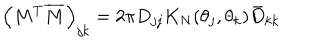
LaTeX: \left( M ^ { T } \overline { { M } } \right) _ { j k } = 2 \pi D _ { j j } K _ { N } ( \theta _ { j } , \theta _ { k } ) \bar { D } _ { k k }